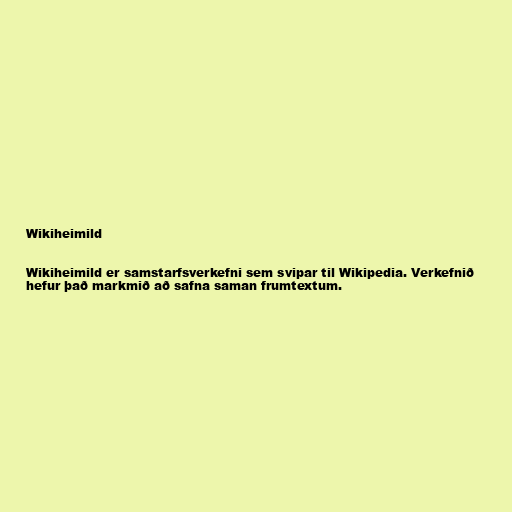
Wikiheimild

Wikiheimild er samstarfsverkefni sem svipar til Wikipedia. Verkefnið
hefur það markmið að safna saman frumtextum.